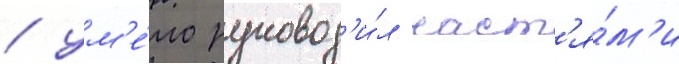
/ ум'е́ло руковод'и́л част'я́м'и